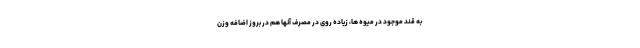
به قند موجود در میوه ها، زیاده روی در مصرف آنها هم در بروز اضافه وزن